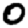
Digit: 0